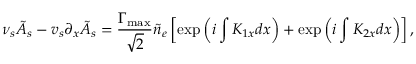
\nu _ { s } \tilde { A } _ { s } - v _ { s } \partial _ { x } \tilde { A } _ { s } = \frac { \Gamma _ { \mathrm { m a x } } } { \sqrt { 2 } } \tilde { n } _ { e } \left[ \exp \left( i \int K _ { 1 x } d x \right) + \exp \left( i \int K _ { 2 x } d x \right) \right] ,